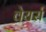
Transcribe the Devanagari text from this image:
वेयर्स